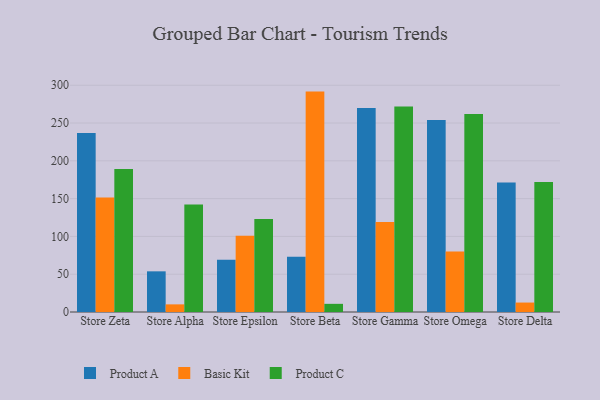
{"axis": {"x": "Store", "y": "Active Users"}, "legend": ["Basic Kit", "Product A", "Product C"], "data": [{"x": "Store Zeta", "y": 236.9, "type": "Product A"}, {"x": "Store Zeta", "y": 151.4, "type": "Basic Kit"}, {"x": "Store Zeta", "y": 189.2, "type": "Product C"}, {"x": "Store Alpha", "y": 53.8, "type": "Product A"}, {"x": "Store Alpha", "y": 10.1, "type": "Basic Kit"}, {"x": "Store Alpha", "y": 142.1, "type": "Product C"}, {"x": "Store Epsilon", "y": 69.1, "type": "Product A"}, {"x": "Store Epsilon", "y": 100.8, "type": "Basic Kit"}, {"x": "Store Epsilon", "y": 123.1, "type": "Product C"}, {"x": "Store Beta", "y": 73.0, "type": "Product A"}, {"x": "Store Beta", "y": 291.6, "type": "Basic Kit"}, {"x": "Store Beta", "y": 10.8, "type": "Product C"}, {"x": "Store Gamma", "y": 269.8, "type": "Product A"}, {"x": "Store Gamma", "y": 119.1, "type": "Basic Kit"}, {"x": "Store Gamma", "y": 271.8, "type": "Product C"}, {"x": "Store Omega", "y": 253.9, "type": "Product A"}, {"x": "Store Omega", "y": 80.2, "type": "Basic Kit"}, {"x": "Store Omega", "y": 261.9, "type": "Product C"}, {"x": "Store Delta", "y": 171.3, "type": "Product A"}, {"x": "Store Delta", "y": 12.5, "type": "Basic Kit"}, {"x": "Store Delta", "y": 172.0, "type": "Product C"}]}